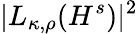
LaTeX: |L_{\kappa,\rho}(H^{s})|^{2}